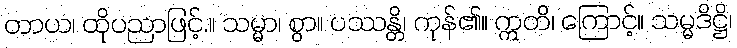
တာယ၊ ထိုပညာဖြင့်.။ သမ္မာ၊ စွာ။ ပဿန္တိ၊ ကုန်၏။ ဣတိ၊ ကြောင့်။ သမ္မဒိဋ္ဌိ၊